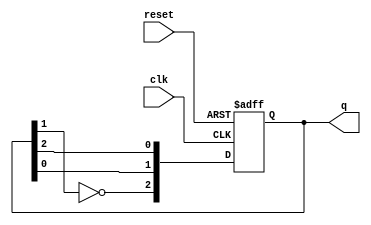
module johnson_counter (
    input wire clk,         // Clock signal
    input wire reset,       // Asynchronous reset signal
    output reg [2:0] q      // 3-bit output of the counter
);

// Sequential logic for the Johnson counter
always @(posedge clk or posedge reset) begin
    if (reset) begin
        q <= 3'b000;        // Initialize to 000 on reset
    end else begin
        q[2] <= ~q[1];      // Invert the output of the second flip-flop and feed it to the first
        q[1] <= q[0];       // Shift the state of the first flip-flop to the second
        q[0] <= q[2];       // Shift the state of the third flip-flop to the first
    end
end

endmodule